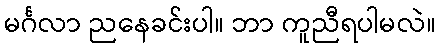
မင်္ဂလာ ညနေခင်းပါ။ ဘာ ကူညီရပါမလဲ။